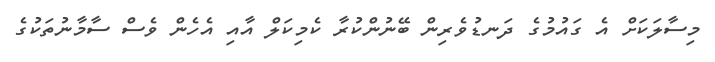
މިސާލަކަށް އެ ގައުމުގެ ދަނޑުވެރިން ބޭނުންކުރާ ކެމިކަލް އާއި އެހެން ވެސް ސާމާނުތަކުގެ